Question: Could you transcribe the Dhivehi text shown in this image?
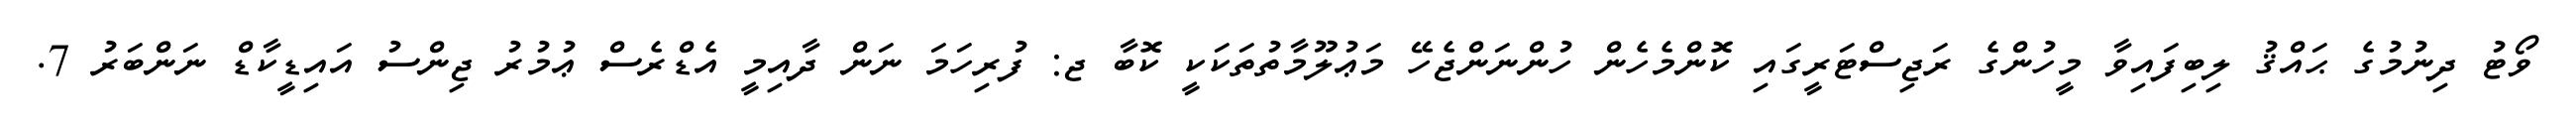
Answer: ވޯޓު ދިނުމުގެ ޙައްޤު ލިބިފައިވާ މީހުންގެ ރަޖިސްޓަރީގައި ކޮންމެހެން ހުންނަންޖެހޭ މަޢުލޫމާތުތަކަކީ ކޮބާ ޖ: ފުރިހަމަ ނަން ދާއިމީ އެޑްރެސް ޢުމުރު ޖިންސު އައިޑީކާޑް ނަންބަރު 7.